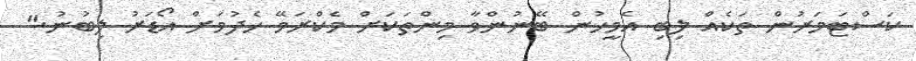
ކަސްޓަމަރުން ތަކެއް ލިބި އެމީހުން ބޭނުންވާ މިންތަކަށް މެކްރަމޭ ހެދުމަށް އޯޑަރު ލިބުނު."